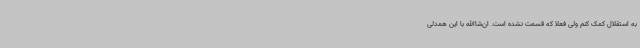
به استقلال کمک کنم ولی فعلا که قسمت نشده است. ان‌شاالله با این همدلی